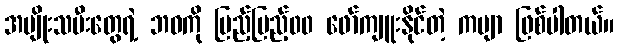
အမျိုးသမီးတွေရဲ့ ဘဝကို ပြည့်ပြည့်၀၀ ဖော်ကျူးနိုင်တဲ့ ကဗျာ ဖြစ်ပါတယ်။